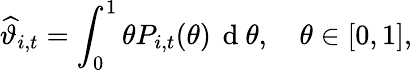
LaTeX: \widehat{\vartheta}_{i,t}=\int_{0}^{1}\theta P_{i,t}(\theta)\, \mathrm{~d~}\theta,\quad\theta\in[0,1],